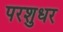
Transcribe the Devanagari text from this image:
परशुधर